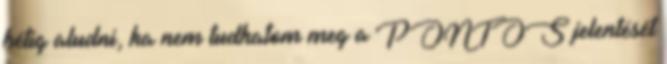
hétig aludni, ha nem tudhatom meg a PONTOS jelentését